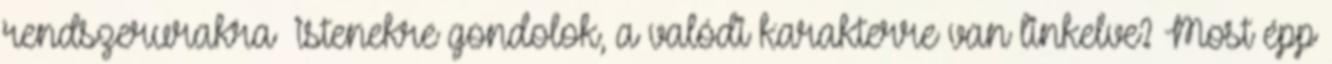
rendszerurakra istenekre gondolok, a valódi karakterre van linkelve? Most épp